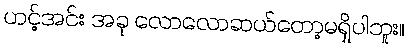
ဟင့်အင်း အခု လောလောဆယ်တော့မရှိပါဘူး။